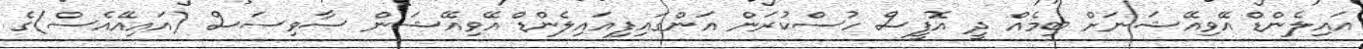
އައިލެންޑް އޭވިއޭޝަނަށް ބިމެއް ދީ އޮފީސް ހުސްކުރަން އަންގައިފިއައިލެންޑް އޭވިއޭޝަން ސާވިސަސް (އައިއޭއެސް)ގެ